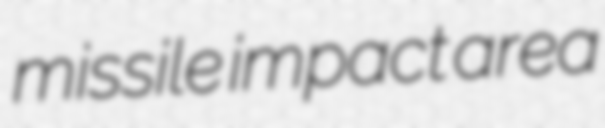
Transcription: missile impact area